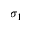
\sigma _ { 1 }